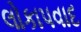
લોકાપવાદ